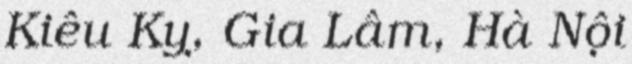
Kiêu Kỵ, Gia Lâm, Hà Nội